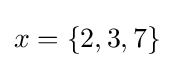
x=\left\{2,3,7\right\}